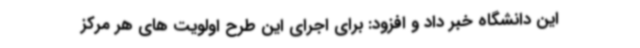
این دانشگاه خبر داد و افزود: برای اجرای این طرح اولویت های هر مرکز